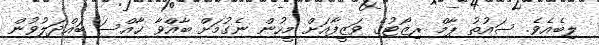
ލިބެއެވެ. ސައުތު ޕާމް ރިޒޯޓުގެ ވަޒީފާއަށް މީހުން ނެގުމަށް ބާއްވާ ޚާއްސަ ބައްދަލުވުން